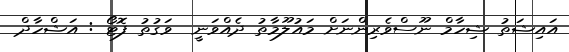
އައިޝަތު ޝިހާމް ނޫސްވެރިންނަށް މައުލޫމާތު ދެއްވަނީ  ވަގުތު ފޮޓޯ : އަޝްހާދް